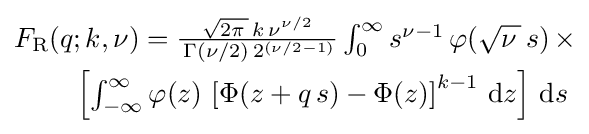
{\begin{matrix}F_{\text{R}}(q;k,\nu )={\frac {\,{\sqrt {2\pi \,}}\,k\,\nu ^{\nu /2}\,}{\,\Gamma (\nu /2)\,2^{\left(\nu /2-1\right)}}}\int _{0}^{\infty }s^{\nu -1}\,\varphi ({\sqrt {\nu \,}}\,s)\,\times \\[0.5em]\qquad \left[\int _{-\infty }^{\infty }\varphi (z)\,\left[\Phi (z+q\,s)-\Phi (z)\right]^{k-1}\,\mathrm {d} z\right]\,\mathrm {d} s\end{matrix}}